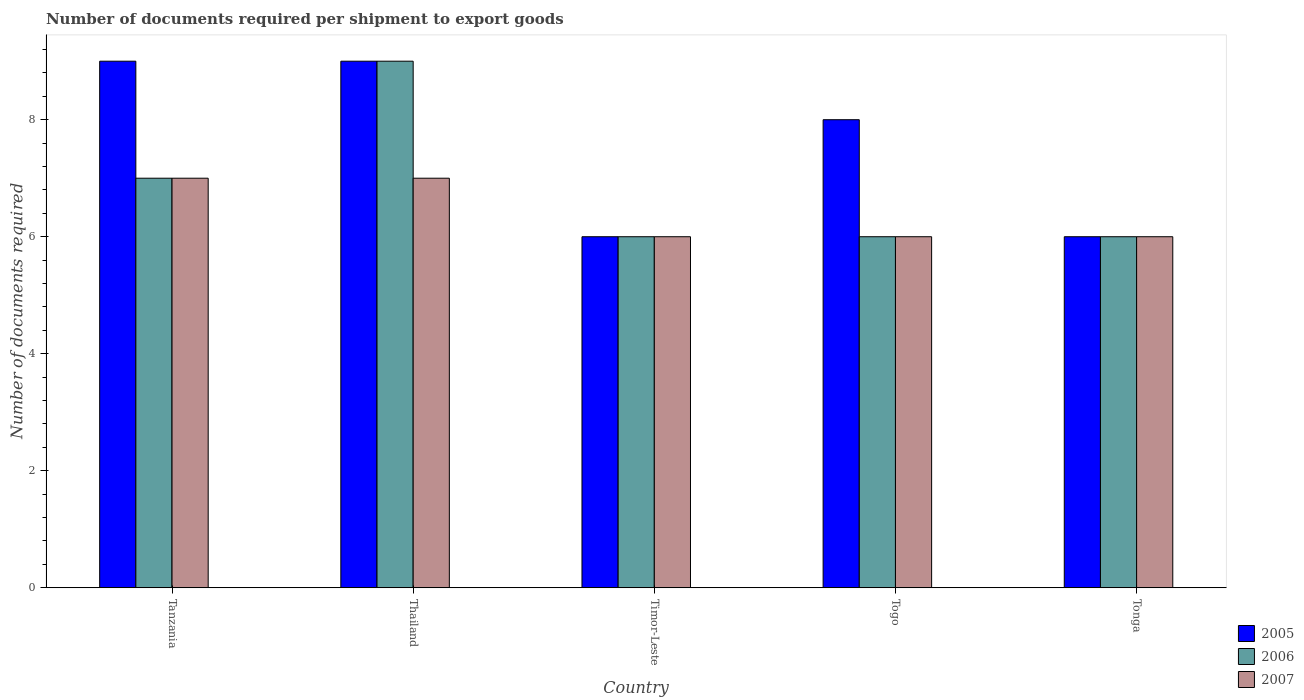
| Country | 2005 | 2006 | 2007 |
 | --- | --- | --- | --- |
 | Tanzania | 9 | 7 | 7 |
 | Thailand | 9 | 9 | 7 |
 | Timor-Leste | 6 | 6 | 6 |
 | Togo | 8 | 6 | 6 |
 | Tonga | 6 | 6 | 6 |